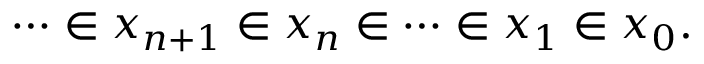
\; \; \cdots \in x _ { n + 1 } \in x _ { n } \in \cdots \in x _ { 1 } \in x _ { 0 } .